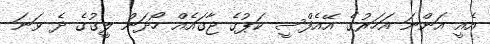
އެއީ އަންނަ އަހަރުގެ އޭއެފްސީ ކަޕުގެ ޖާގައެއް ހޯދަން ލީގުގެ ދެ ވަނަ